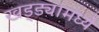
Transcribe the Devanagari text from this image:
खड्ड्यामध्ये